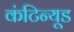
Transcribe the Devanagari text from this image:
कंटिन्यूड